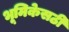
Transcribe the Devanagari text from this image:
भूमिकेसठी